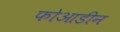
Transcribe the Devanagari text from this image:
फोआडीन